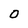
Character: O